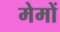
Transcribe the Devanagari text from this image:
मेमों